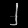
Digit: ၂